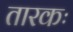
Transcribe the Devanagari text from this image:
तारकः